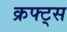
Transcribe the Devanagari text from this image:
क्रफ्ट्स